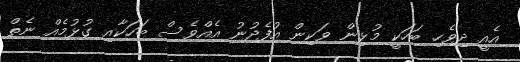
އެއީ ދިވެހި ބަހަކީ މުޅިން ވަކިން އުފެދުނު އެއްވެސް ބަހަކާއި ގުޅުމެއް ނެތް